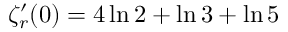
\zeta _ { r } ^ { \prime } ( 0 ) = 4 \ln 2 + \ln 3 + \ln 5